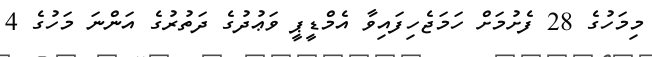
މިމަހުގެ 28 ފެށުމަށް ހަމަޖެހިފައިވާ އެމްޑީޕީ ވަޢުދުގެ ދަތުރުގެ އަންނަ މަހުގެ 4